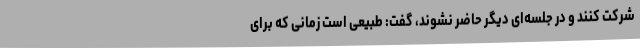
شرکت کنند و در جلسه‌ای دیگر حاضر نشوند، گفت: طبیعی است زمانی که برای